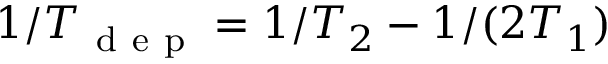
1 / T _ { \mathrm { ~ d ~ e ~ p ~ } } = 1 / T _ { 2 } - 1 / ( 2 T _ { 1 } )